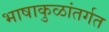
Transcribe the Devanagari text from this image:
भाषाकुळांतर्गत